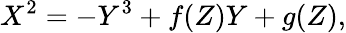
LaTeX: X^{2}=-Y^{3}+f(Z)Y+g(Z),